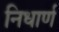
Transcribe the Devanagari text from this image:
निधार्ण